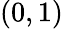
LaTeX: \left(0,1\right)